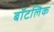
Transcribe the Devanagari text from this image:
बॉटलिक